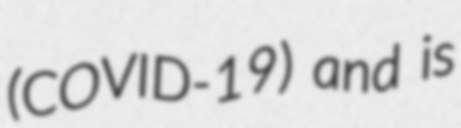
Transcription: (COVID-19) and is